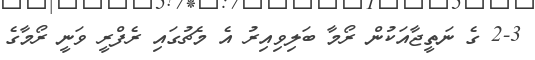
2-3 ގެ ނަތީޖާއަކުން ރޯމާ ބަލިވިއިރު އެ މެޗުގައި ރެފްރީ ވަނީ ރޯމާގެ